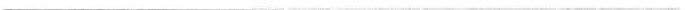
___